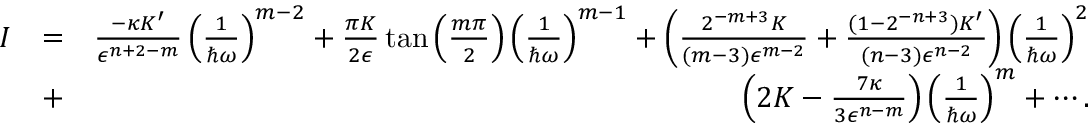
\begin{array} { r l r } { I } & { = } & { \frac { - \kappa K ^ { \prime } } { \epsilon ^ { n + 2 - m } } \left( \frac { 1 } { \hbar \omega } \right) ^ { m - 2 } + \frac { \pi K } { 2 \epsilon } \tan \left( \frac { m \pi } { 2 } \right) \left( \frac { 1 } { \hbar \omega } \right) ^ { m - 1 } + \left( \frac { 2 ^ { - m + 3 } K } { ( m - 3 ) \epsilon ^ { m - 2 } } + \frac { ( 1 - 2 ^ { - n + 3 } ) K ^ { \prime } } { ( n - 3 ) \epsilon ^ { n - 2 } } \right) \left( \frac { 1 } { \hbar \omega } \right) ^ { 2 } } \\ & { + } & { \left( 2 K - \frac { 7 \kappa } { 3 \epsilon ^ { n - m } } \right) \left( \frac { 1 } { \hbar \omega } \right) ^ { m } + \cdots . } \end{array}